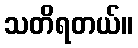
သတိရတယ်။